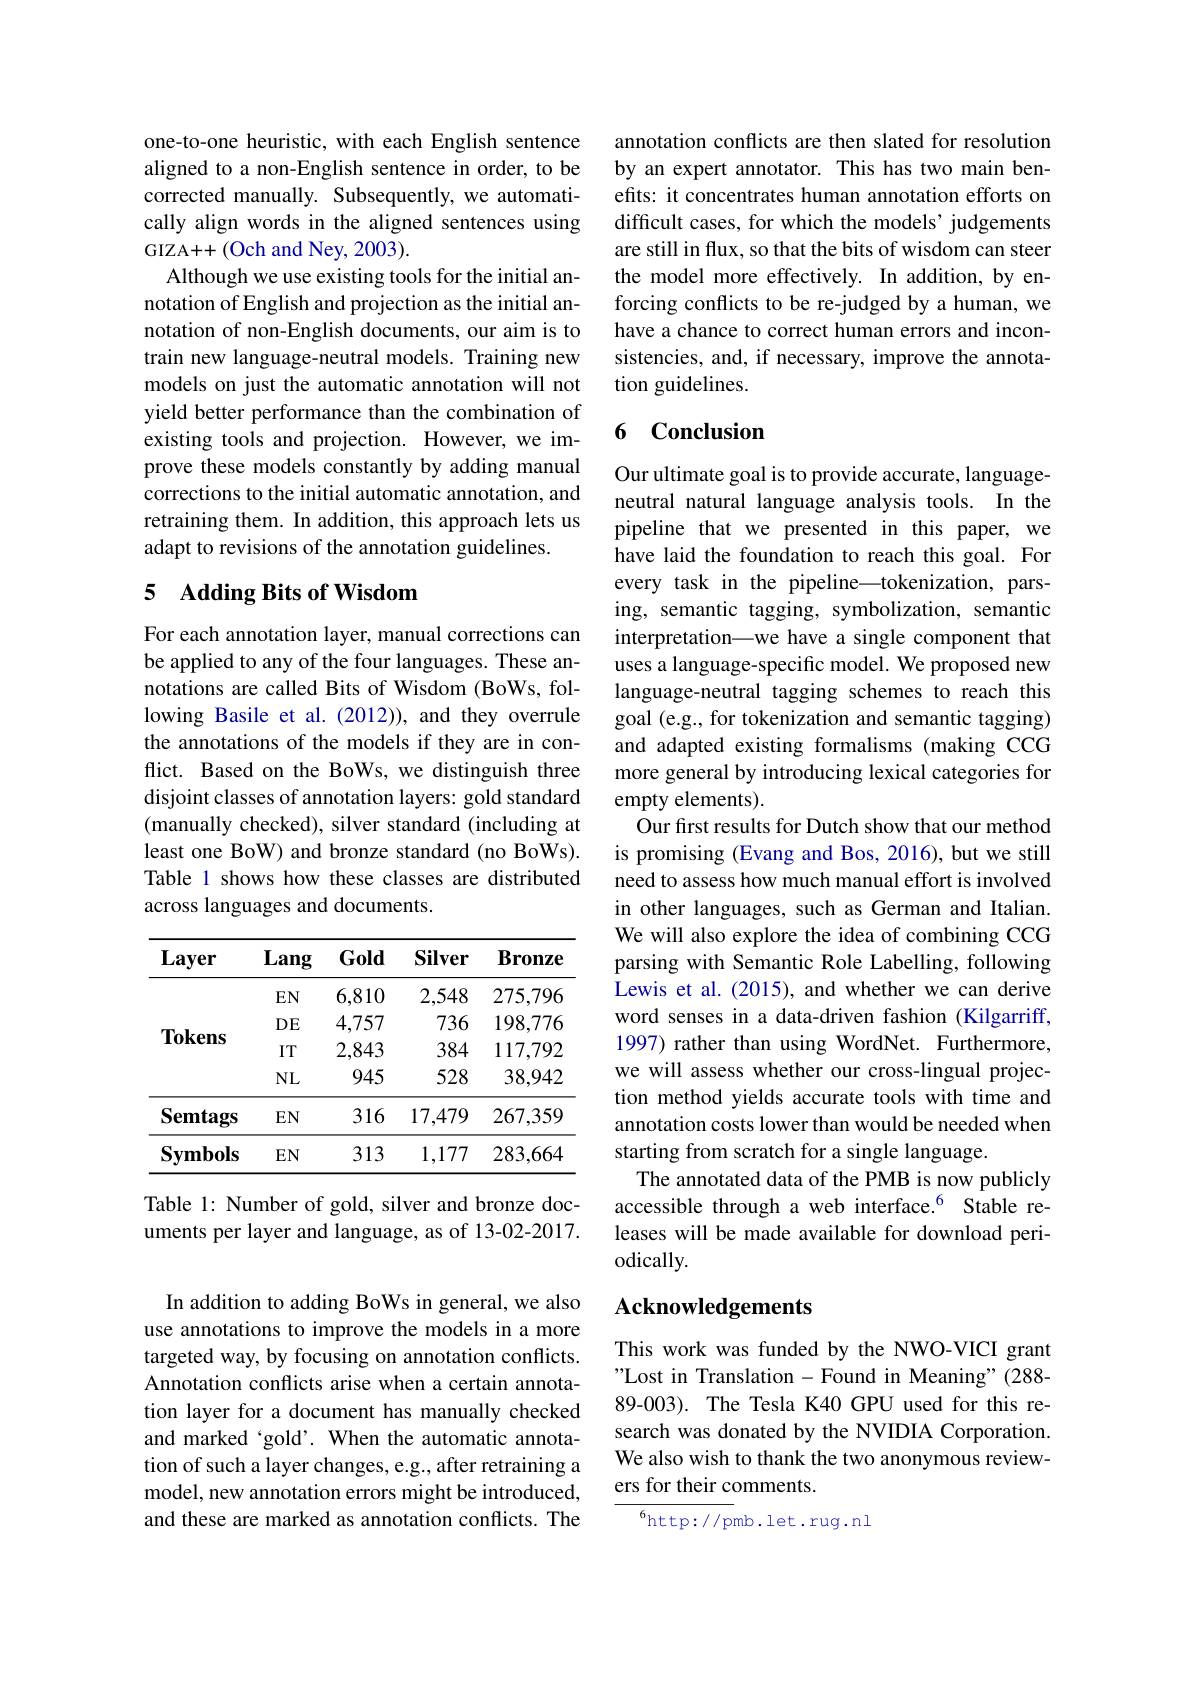
one-to-one heuristic, with each English sentence aligned to a non-English sentence in order, to be corrected manually. Subsequently, we automatically align words in the aligned sentences using GIZA++(Och and Ney, 2003).
Although we use existing tools for the initial annotation of English and projection as the initial annotation of non-English documents, our aim is to train new language-neutral models. Training new models on just the automatic annotation will not yield better performance than the combination of existing tools and projection. However, we improve these models constantly by adding manual corrections to the initial automatic annotation, and retraining them. In addition, this approach lets us adapt to revisions of the annotation guidelines.

# 5 Adding Bits of Wisdom

For each annotation layer, manual corrections can be applied to any of the four languages. These annotations are called Bits of Wisdom (BoWs, following Basile et al. (2012)), and they overrule the annotations of the models if they are in conflict. Based on the BoWs, we distinguish three disjoint classes of annotation layers: gold standard (manually checked), silver standard (including at least one BoW) and bronze standard (no BoWs). Table 1 shows how these classes are distributed across languages and documents.

<table>
	<tbody>
		<tr>
			<th>Layer</th>
			<th>Lang</th>
			<th>Gold</th>
			<th>Silver</th>
			<th>$\mathbf{Bronze}$</th>
		</tr>
		<tr>
			<td rowspan="4">$\mathbf{Tokens}$</td>
			<td>$EN$</td>
			<td>6,810</td>
			<td>2,548</td>
			<td>275,796</td>
		</tr>
		<tr>
			<td>$DE$</td>
			<td>4,757</td>
			<td>736</td>
			<td>198,776</td>
		</tr>
		<tr>
			<td>IT</td>
			<td>2,843</td>
			<td>384</td>
			<td>117,792</td>
		</tr>
		<tr>
			<td>$NL$</td>
			<td>945</td>
			<td>528</td>
			<td>38,942</td>
		</tr>
		<tr>
			<td>Semtags</td>
			<td>$EN$</td>
			<td>316</td>
			<td>17,479</td>
			<td>267,359</td>
		</tr>
		<tr>
			<td>$\mathbf{Symbols}$</td>
			<td>$EN$</td>
			<td>313</td>
			<td>1,177</td>
			<td>283,664</td>
		</tr>
	</tbody>
</table>

Table 1: Number of gold, silver and bronze documents per layer and language, as of 13-02-2017.

In addition to adding BoWs in general, we also use annotations to improve the models in a more targeted way, by focusing on annotation conflicts. Annotation conflicts arise when a certain annotation layer for a document has manually checked and marked‘gold’. When the automatic annotation of such a layer changes, e.g., after retraining a model, new annotation errors might be introduced, and these are marked as annotation conflicts. The

annotation conflicts are then slated for resolution by an expert annotator. This has two main benefits: it concentrates human annotation efforts on difficult cases, for which the models’ judgements are still in flux, so that the bits of wisdom can steer the model more effectively. In addition, by enforcing conflicts to be re-judged by a human, we have a chance to correct human errors and inconsistencies, and, if necessary, improve the annotation guidelines.

### 6 Conclusion

Our ultimate goal is to provide accurate, languageneutral natural language analysis tools. In the pipeline that we presented in this paper, we have laid the foundation to reach this goal. For every task in the pipeline—tokenization, parsing, semantic tagging, symbolization, semantic interpretation\_we have a single component that uses a language-specific model. We proposed new language-neutral tagging schemes to reach this goal (e.g., for tokenization and semantic tagging) and adapted existing formalisms (making CCG more general by introducing lexical categories for empty elements).
Our first results for Dutch show that our method is promising (Evang and Bos, 2016), but we still need to assess how much manual effort is involved in other languages, such as German and Italian. We will also explore the idea of combining CCG parsing with Semantic Role Labelling, following Lewis et al.(2015), and whether we can derive word senses in a data-driven fashion (Kilgarriff, 1997) rather than using WordNet. Furthermore, we will assess whether our cross-lingual projection method yields accurate tools with time and annotation costs lower than would be needed when starting from scratch for a single language.
The annotated data of the PMB is now publicly accessible through a web interface.$^{6}$ Stable releases will be made available for download periodically.

## Acknowledgements

This work was funded by the NWO-VICI grant " Lost in Translation-Found in Meaning"(288- 89-003). The Tesla K40 GPU used for this research was donated by the NVIDIA Corporation. We also wish to thank the two anonymous reviewers for their comments.

$^{6}$http://pmb.let.rug.nl